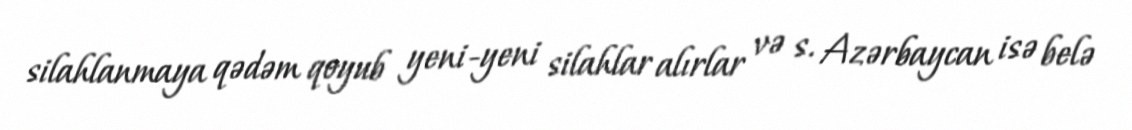
silahlanmaya qədəm qoyub yeni-yeni silahlar alırlar və s. Azərbaycan isə belə